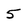
Character: 5